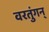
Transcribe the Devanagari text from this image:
वरतुंगन्